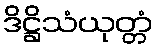
ဒိဋ္ဌိသံယုတ္တံ